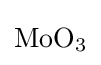
{\mathrm {MoO} {\vphantom {A}}_{\smash[{t}]{3}}}